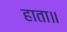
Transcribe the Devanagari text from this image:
हाता॥